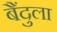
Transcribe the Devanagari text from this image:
बैंदुला